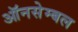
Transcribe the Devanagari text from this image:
ऑनसेम्बल